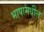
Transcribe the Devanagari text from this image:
भाषामधील